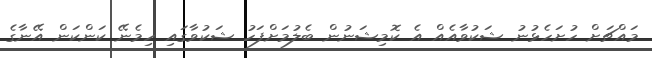
މައްޗަށް ހުށަހެޅުނު ޝަކުވާއެއް އެ ކޮމިޝަނުން ބެލުމަށްފަހު ޝަކުވާގައި ހިމެނޭ ކަންކަން އޭނާގެ